Lunatic asylums in Bengal annual reports 1899-1911 - 1899-1911
Year: 1899
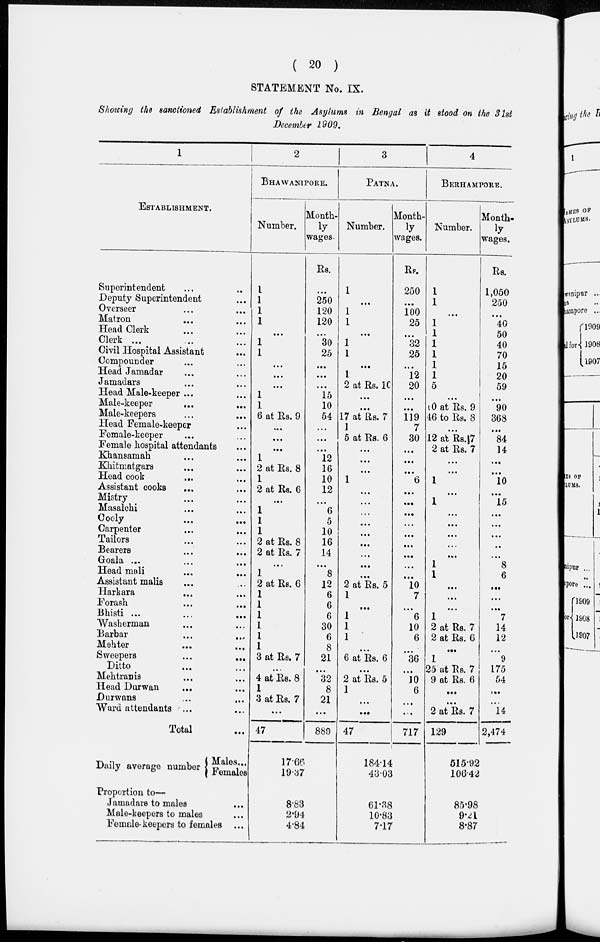
( 20 )
STATEMENT No. IX.
Showing the sanctioned Establishment of the Asylums in Bengal as it stood on the 31st
December 1909.
1
ESTABLISHMENT.
Superintendent ... ...
Deputy Superintendent ...
Overseer ... ...
Matron ... ...
Head Clerk ... ...
Clerk ... ...
Civil Hospital Assistant ...
Compounder ... ...
Head Jamadar ... ...
Jamadars ... ...
Head Male-keeper ... ...
Male-keeper ... ...
Male-keepers ... ...
Head Female-keeper ... ...
Female-keeper ... ...
Female hospital attendants ...
Khansamah ... ...
Khitmatgars ... ...
Head cook
...
...
Assistant cooks ... ...
Mistry ... ...
Masalchi ... ...
Cooly ... ...
Carpenter ... ...
Tailors ... ...
Bearers ... ...
Goala
...
...
...
Head mali ... ...
Assistant malis ... ...
Harkara ...
Forash ... ...
Bhisti
...
...
...
Washerman ... ...
Barbar ... ...
Mehter ... ...
Sweepers
...
...
Ditto ... ...
Mehtranis ... ...
Head Durwan ... ...
Durwans
...
...
Ward attendants ... ...
Total ...
Daily average number
Males...
Females
Proportion to—
Jamadars to males ...
Male-keepers to males ...
Female- keepers to females ...
2
BHAWANIPORE.
Number.
1
1
1
1
...
1
1
...
...
...
1
1
6 at Rs. 9
...
...
...
1
2 at Rs. 8
1
2 at Rs. 6
...
1
1
1
2 at Rs. 8
2 at Rs. 7
...
1
2 at Rs. 6
1
1
1
1
1
1
3 at Rs. 7
...
4 at Rs. 8
1
3 at Rs. 7
...
47
Month-
ly
wages.
Rs.
...
250
120
120
...
30
25
...
...
...
15
10
54
...
...
...
12
16
10
12
...
6
5
10
16
14
...
8
12
6
6
6
30
6
8
21
...
32
8
21
...
889
17.66
19.37
8.83
2.94
4.84
3
PATNA.
Number.
1
...
1
1
...
1
1
...
1
2 at Rs. 10
...
...
17 at Rs. 7
1
5 at Rs. 6
...
...
...
1
...
...
...
...
...
...
...
...
...
2 at Rs. 5
1
...
1
1
1
...
6 at Rs. 6
...
2 at Rs. 5
1
...
...
47
Month-
ly
wages.
Rs.
250
...
100
25
...
32
25
...
12
20
...
...
119
7
30
...
...
...
6
...
...
...
...
...
...
...
...
...
10
7
...
6
10
6
...
36
...
10
6
...
...
717
184.14
43.03
61.38
10.83
7.17
4
BERHAMPORE.
Number.
1
1
...
1
1
1
1
1
1
5
...
40 at Rs. 9
46 to Rs. 8
...
12 at Rs,7
2 at Rs. 7
...
...
1
...
1
...
...
...
...
...
1
1
...
...
...
1
2 at Rs. 7
2 at Rs. 6
...
1
25 at Rs. 7
9 at Rs. 6
...
...
2 at Rs. 7
129
Month-
ly
wages.
Rs.
1,050
250
...
40
50
40
70
15
20
59
...
90
368
...
84
14
...
...
10
...
15
...
...
...
...
...
8
6
...
...
...
7
14
12
...
9
175
54
...
...
14
2,474
515.92
106.42
85.98
9.21
8.87